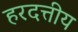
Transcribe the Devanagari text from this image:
हरदत्तीय